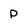
Character: p